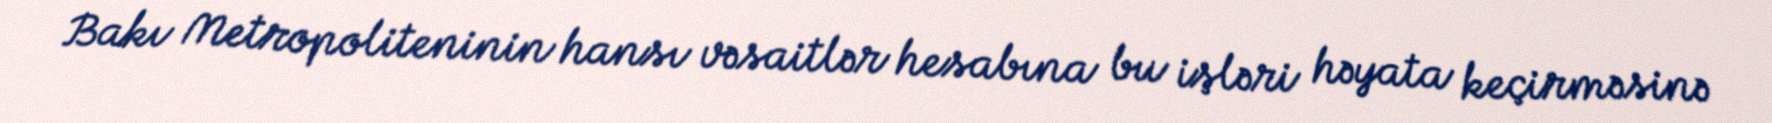
Bakı Metropoliteninin hansı vəsaitlər hesabına bu işləri həyata keçirməsinə